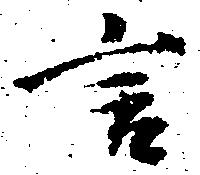
言